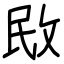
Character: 敃